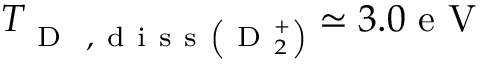
T _ { \mathrm { ~ D ~ } \mathrm { ~ , ~ d ~ i ~ s ~ s ~ } \left( \mathrm { ~ D ~ } _ { 2 } ^ { + } \right) } \simeq 3 . 0 \mathrm { ~ e ~ V ~ }